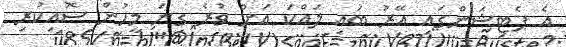
އެ ޕެޓިޝަންގައި އޭރު ބައި ލައްކަ އަށް ވުރެ ގިނަ މީހުން ސޮއިކުރި